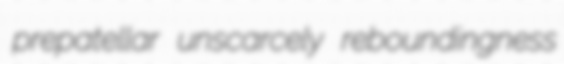
prepatellar unscarcely reboundingness